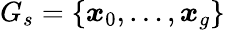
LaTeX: G_{s}=\left\{ \boldsymbol{x}_{0},\ldots,\boldsymbol{x}_{g}\right\}